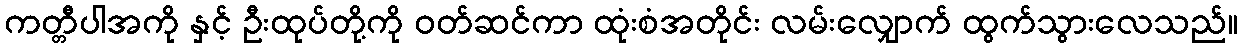
ကတ္တီပါအကို နှင့် ဦးထုပ်တို့ကို ဝတ်ဆင်ကာ ထုံးစံအတိုင်း လမ်းလျှောက် ထွက်သွားလေသည်။